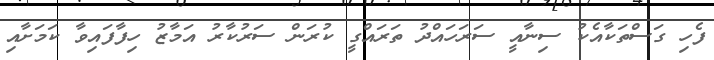
ފެހި ގަސްތަކާއެކު ސިނާއީ ސަރަހައްދު ތަރައްގީ ކުރަން ސަރުކާރު އަމާޒު ހިފާފައިވާ ކަމަށާއި